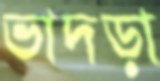
ভাদড়া